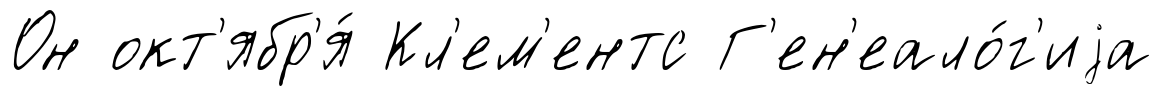
Он окт'ябр'я́ Кл'ем'ентс Г'ен'еало́г'иjа